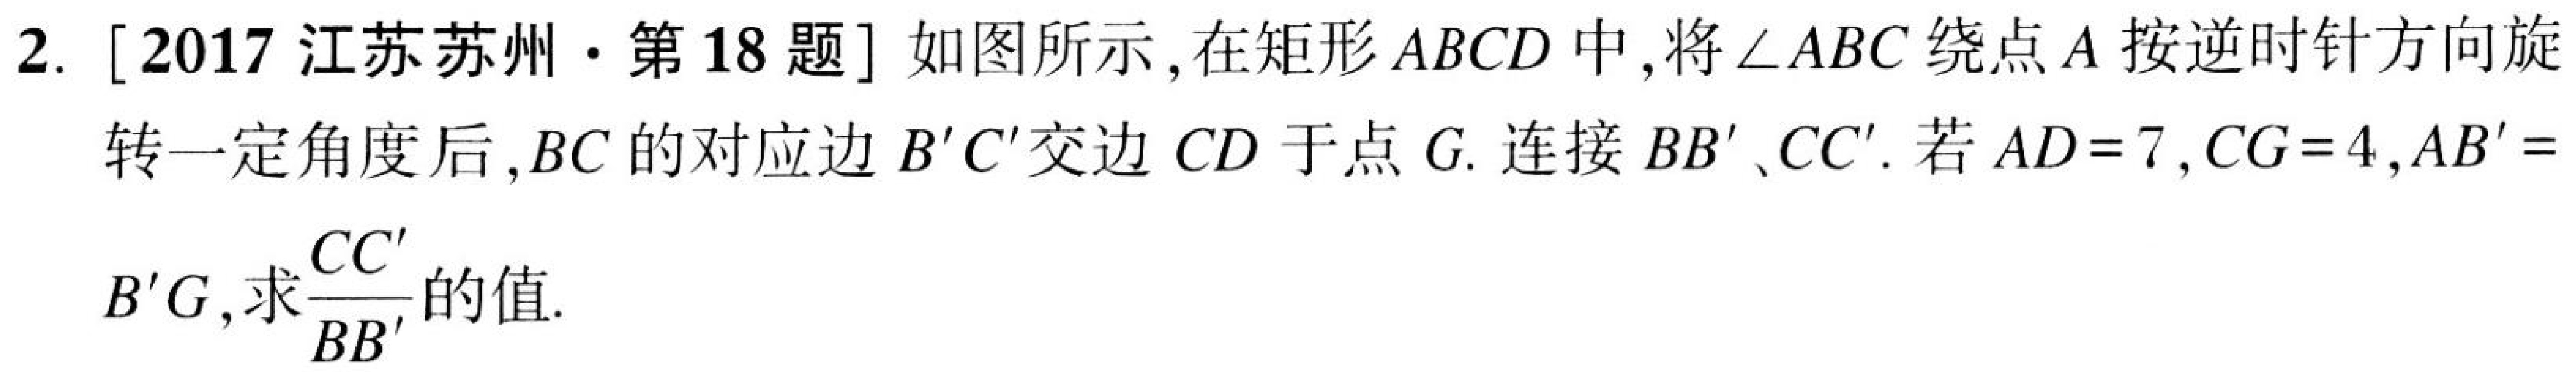
2. [2017江苏苏州·第18题]如图所示，在矩形\(ABCD\)中，将\(\angle ABC\)绕点\(A\)按逆时针方向旋
转一定角度后，\(BC\)的对应边\(B'C'\)交边\(CD\)于点\(G\). 连接\(BB'\)、\(CC'\). 若\(AD = 7\)，\(CG = 4\)，\(AB' =\)
\(B'G\)，求\(\dfrac{CC'}{BB'}\)的值.